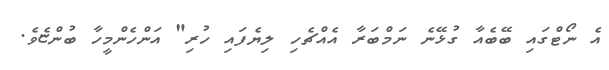
އެ ނޯޓްގައި ބޭބެއާ ގުޅޭނެ ނަމްބަރާ އެއްޗެހި ލިޔެފައި ހުރި" އަންހެންމީހާ ބުންޏެވެ.